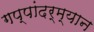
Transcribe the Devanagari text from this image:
गप्पांदर्म्यान